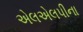
એલએલપીના